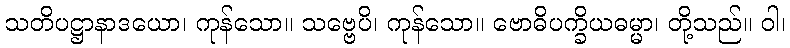
သတိပဋ္ဌာနာဒယော၊ ကုန်သော။ သဗ္ဗေပိ၊ ကုန်သော။ ဗောဓိပက္ခိယဓမ္မာ၊ တို့သည်။ ဝါ၊